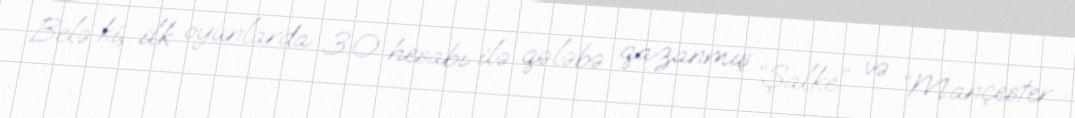
Belə ki, ilk oyunlarda 3:0 hesabı ilə qələbə qazanmış “Şalke” və “Mançester